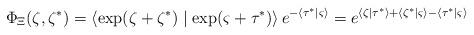
LaTeX: \begin{align*}\Phi _\Xi (\zeta ,\zeta ^{*})=\left\langle \exp (\zeta +\zeta ^{*})\mid \exp(\varsigma +\tau ^{*})\right\rangle e^{-\left\langle \tau ^{*}\mid \varsigma\right\rangle }=e^{\left\langle \zeta \mid \tau ^{*}\right\rangle+\left\langle \zeta ^{*}\mid \varsigma \right\rangle -\left\langle \tau^{*}\mid \varsigma \right\rangle } \end{align*}